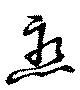
戀